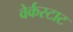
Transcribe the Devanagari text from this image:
वेर्कस्टाट